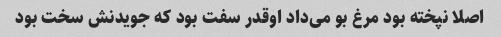
اصلا نپخته بود مرغ بو می‌داد اوقدر سفت بود که جویدنش سخت بود